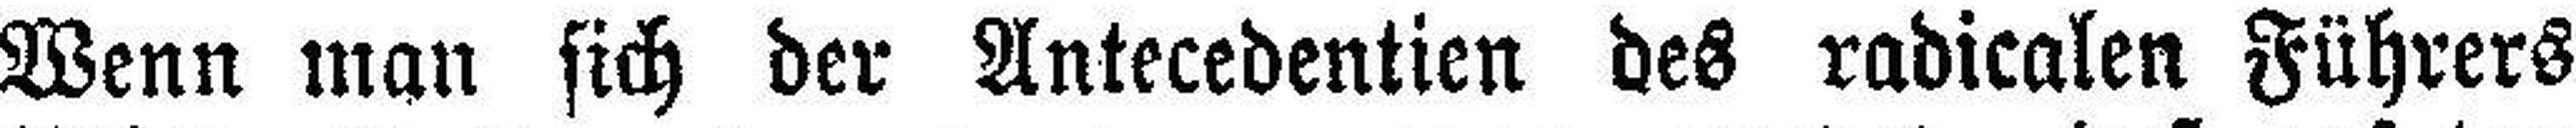
Wenn man sich der Antecedentien des radicalen Führers